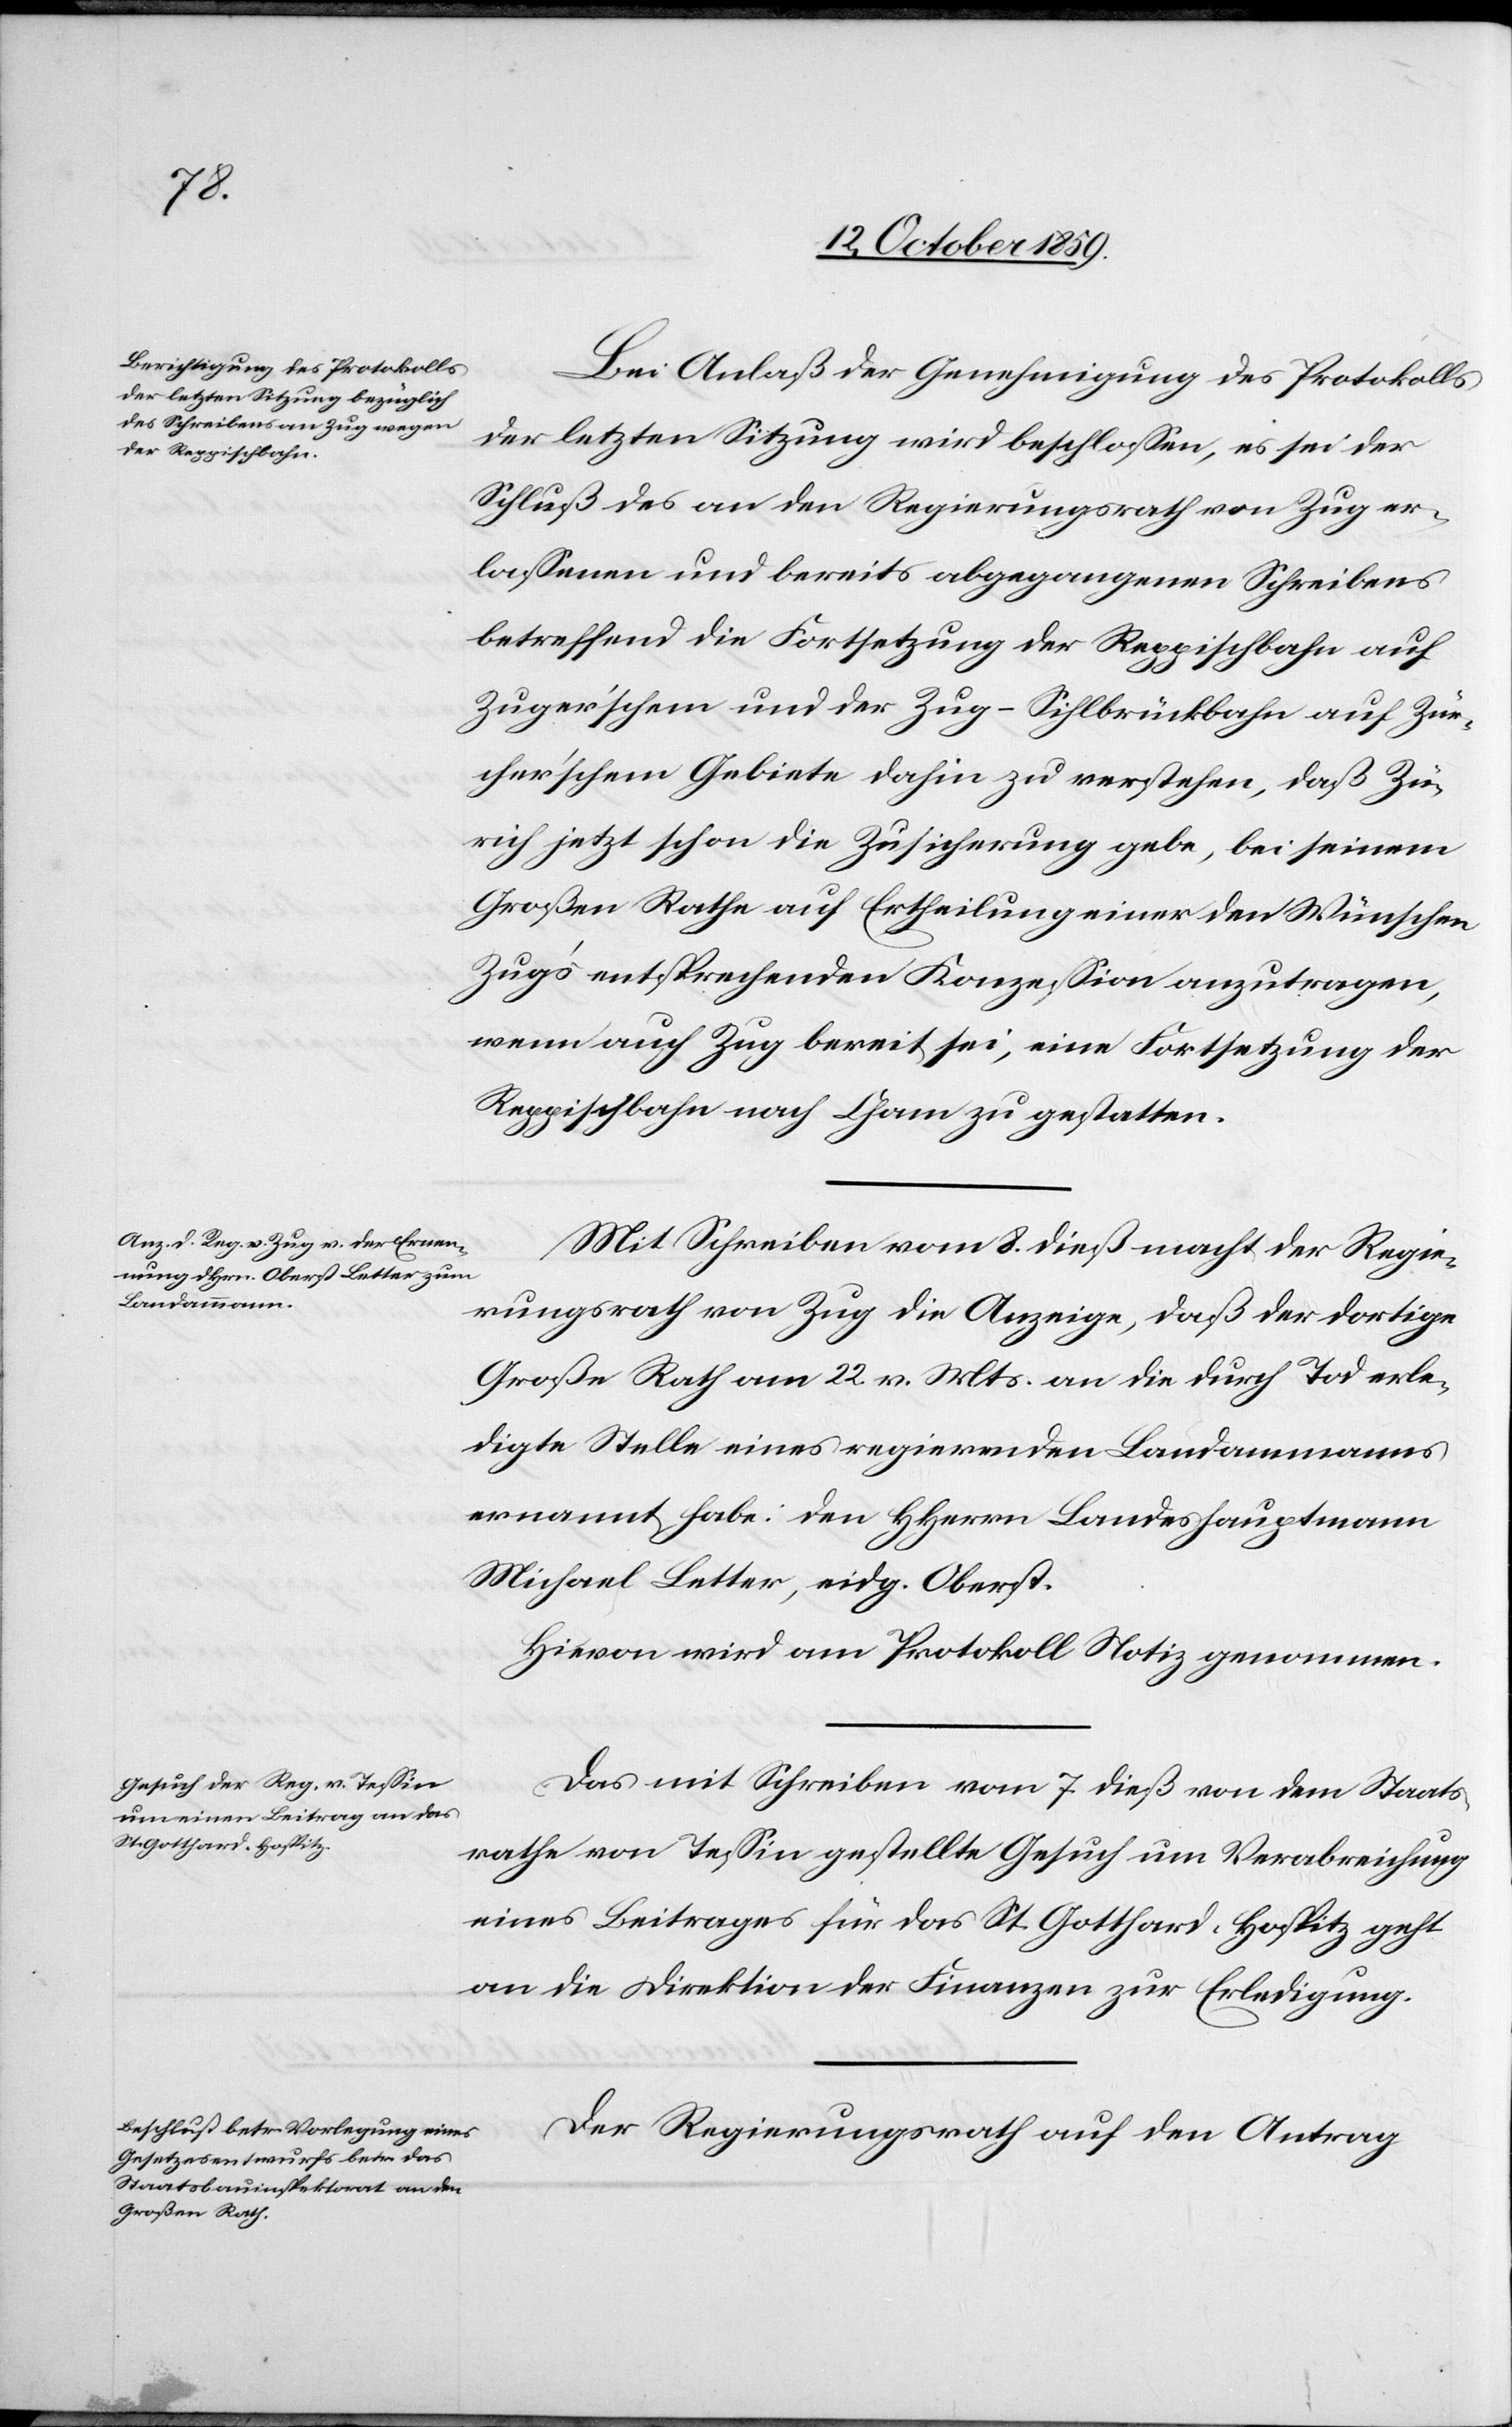
Bei Anlaß der Genehmigung des Protokolls
der letzten Sitzung wird beschlossen, es sei der
Schluß des an den Regierungsrath von Zug er¬
lassenen und bereits abgegangenen Schreibens
betreffend die Fortsetzung der Reppischbahn auf
Zuger'schem und der Zug-Sihlbrückbahn auf Zür¬
cher'schem Gebiete dahin zu verstehen, daß Zü¬
rich jetzt schon die Zusicherung gebe, bei seinem
Großen Rathe auf Ertheilung einer den Wünschen
Zug's entsprechenden Konzession anzutragen,
wenn auch Zug bereit sei, eine Fortsetzung der
Reppischbahn nach Cham zu gestatten.
Mit Schreiben vom 8. dieß macht der Regie¬
rungsrath von Zug die Anzeige, daß der dortige
Große Rath am 22. v. Mts. an die durch Tod erle¬
digte Stelle eines regierenden Landammanns
ernannt habe: den HHerrn Landeshauptmann
Michael Letter, eidg. Oberst.
Hievon wird am Protokoll Notiz genommen.
Das mit Schreiben vom 7. dieß von dem Staats¬
rathe von Tessin gestellte Gesuch um Verabreichung
eines Beitrages für das St.Gotthard-Hospitz geht
an die Direktion der Finanzen zu Erledigung.
Der Regierungsrath auf den Antrag